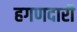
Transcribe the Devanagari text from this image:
हगणदारी